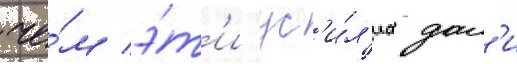
че́м э́т'и ус'и́л'иа дал'и